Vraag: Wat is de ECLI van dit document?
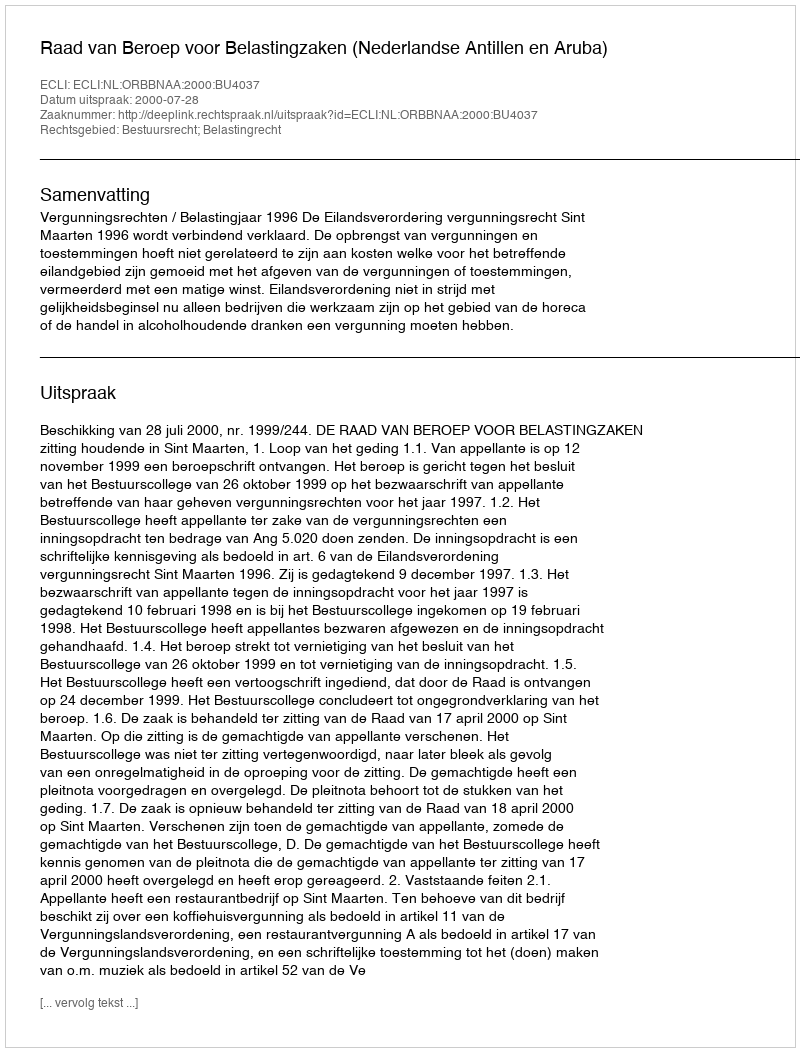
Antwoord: ECLI:NL:ORBBNAA:2000:BU4037